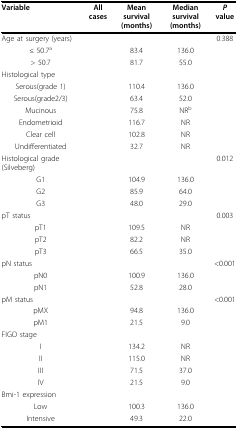
<table><thead><tr><td><b>Variable</b></td><td><b>All cases</b></td><td><b>Mean survival(months)</b></td><td><b>Median survival(months)</b></td><td><b><i>P </i>value</b></td></tr></thead><tbody><tr><td>Age at surgery (years)</td><td>[EMPTY_CELL]</td><td>[EMPTY_CELL]</td><td>[EMPTY_CELL]</td><td>0.388</td></tr><tr><td>≤ 50.7<sup>a</sup></td><td>[EMPTY_CELL]</td><td>83.4</td><td>136.0</td><td>[EMPTY_CELL]</td></tr><tr><td>&gt; 50.7</td><td>[EMPTY_CELL]</td><td>81.7</td><td>55.0</td><td>[EMPTY_CELL]</td></tr><tr><td>Histological type</td><td>[EMPTY_CELL]</td><td>[EMPTY_CELL]</td><td>[EMPTY_CELL]</td><td>[EMPTY_CELL]</td></tr><tr><td>Serous(grade 1)</td><td>[EMPTY_CELL]</td><td>110.4</td><td>136.0</td><td>[EMPTY_CELL]</td></tr><tr><td>Serous(grade2/3)</td><td>[EMPTY_CELL]</td><td>63.4</td><td>52.0</td><td>[EMPTY_CELL]</td></tr><tr><td>Mucinous</td><td>[EMPTY_CELL]</td><td>75.8</td><td>NR<sup>b</sup></td><td>[EMPTY_CELL]</td></tr><tr><td>Endometrioid</td><td>[EMPTY_CELL]</td><td>116.7</td><td>NR</td><td>[EMPTY_CELL]</td></tr><tr><td>Clear cell</td><td>[EMPTY_CELL]</td><td>102.8</td><td>NR</td><td>[EMPTY_CELL]</td></tr><tr><td>Undifferentiated</td><td>[EMPTY_CELL]</td><td>32.7</td><td>NR</td><td>[EMPTY_CELL]</td></tr><tr><td>Histological grade (Silveberg)</td><td>[EMPTY_CELL]</td><td>[EMPTY_CELL]</td><td>[EMPTY_CELL]</td><td>0.012</td></tr><tr><td>G1</td><td>[EMPTY_CELL]</td><td>104.9</td><td>136.0</td><td>[EMPTY_CELL]</td></tr><tr><td>G2</td><td>[EMPTY_CELL]</td><td>85.9</td><td>64.0</td><td>[EMPTY_CELL]</td></tr><tr><td>G3</td><td>[EMPTY_CELL]</td><td>48.0</td><td>29.0</td><td>[EMPTY_CELL]</td></tr><tr><td>pT status</td><td>[EMPTY_CELL]</td><td>[EMPTY_CELL]</td><td>[EMPTY_CELL]</td><td>0.003</td></tr><tr><td>pT1</td><td>[EMPTY_CELL]</td><td>109.5</td><td>NR</td><td>[EMPTY_CELL]</td></tr><tr><td>pT2</td><td>[EMPTY_CELL]</td><td>82.2</td><td>NR</td><td>[EMPTY_CELL]</td></tr><tr><td>pT3</td><td>[EMPTY_CELL]</td><td>66.5</td><td>35.0</td><td>[EMPTY_CELL]</td></tr><tr><td>pN status</td><td>[EMPTY_CELL]</td><td>[EMPTY_CELL]</td><td>[EMPTY_CELL]</td><td>&lt;0.001</td></tr><tr><td>pN0</td><td>[EMPTY_CELL]</td><td>100.9</td><td>136.0</td><td>[EMPTY_CELL]</td></tr><tr><td>pN1</td><td>[EMPTY_CELL]</td><td>52.8</td><td>28.0</td><td>[EMPTY_CELL]</td></tr><tr><td>pM status</td><td>[EMPTY_CELL]</td><td>[EMPTY_CELL]</td><td>[EMPTY_CELL]</td><td>&lt;0.001</td></tr><tr><td>pMX</td><td>[EMPTY_CELL]</td><td>94.8</td><td>136.0</td><td>[EMPTY_CELL]</td></tr><tr><td>pM1</td><td>[EMPTY_CELL]</td><td>21.5</td><td>9.0</td><td>[EMPTY_CELL]</td></tr><tr><td>FIGO stage</td><td>[EMPTY_CELL]</td><td>[EMPTY_CELL]</td><td>[EMPTY_CELL]</td><td>[EMPTY_CELL]</td></tr><tr><td>I</td><td>[EMPTY_CELL]</td><td>134.2</td><td>NR</td><td>[EMPTY_CELL]</td></tr><tr><td>II</td><td>[EMPTY_CELL]</td><td>115.0</td><td>NR</td><td>[EMPTY_CELL]</td></tr><tr><td>III</td><td>[EMPTY_CELL]</td><td>71.5</td><td>37.0</td><td>[EMPTY_CELL]</td></tr><tr><td>IV</td><td>[EMPTY_CELL]</td><td>21.5</td><td>9.0</td><td>[EMPTY_CELL]</td></tr><tr><td>Bmi-1 expression</td><td>[EMPTY_CELL]</td><td>[EMPTY_CELL]</td><td>[EMPTY_CELL]</td><td>[EMPTY_CELL]</td></tr><tr><td>Low</td><td>[EMPTY_CELL]</td><td>100.3</td><td>136.0</td><td>[EMPTY_CELL]</td></tr><tr><td>Intensive</td><td>[EMPTY_CELL]</td><td>49.3</td><td>22.0</td><td>[EMPTY_CELL]</td></tr></tbody></table>